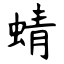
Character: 蜻